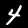
Digit: 4